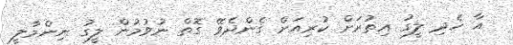
އާ ހެދި ލީގު އިތުރަށް ކުރިއަށް ގެންދެވޭ ގޮތް ނުވުމުން ލީގު ނިންމާލީ